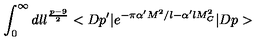
\int _ { 0 } ^ { \infty } d l l ^ { \frac { p - 9 } { 2 } } < D p ^ { \prime } \vert e ^ { - \pi \alpha ^ { \prime } M ^ { 2 } / l - \alpha ^ { \prime } l M _ { C } ^ { 2 } } \vert D p >